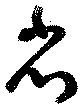
省